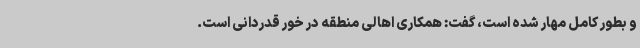
و بطور کامل مهار شده است، گفت: همکاری اهالی منطقه در خور قدردانی است.